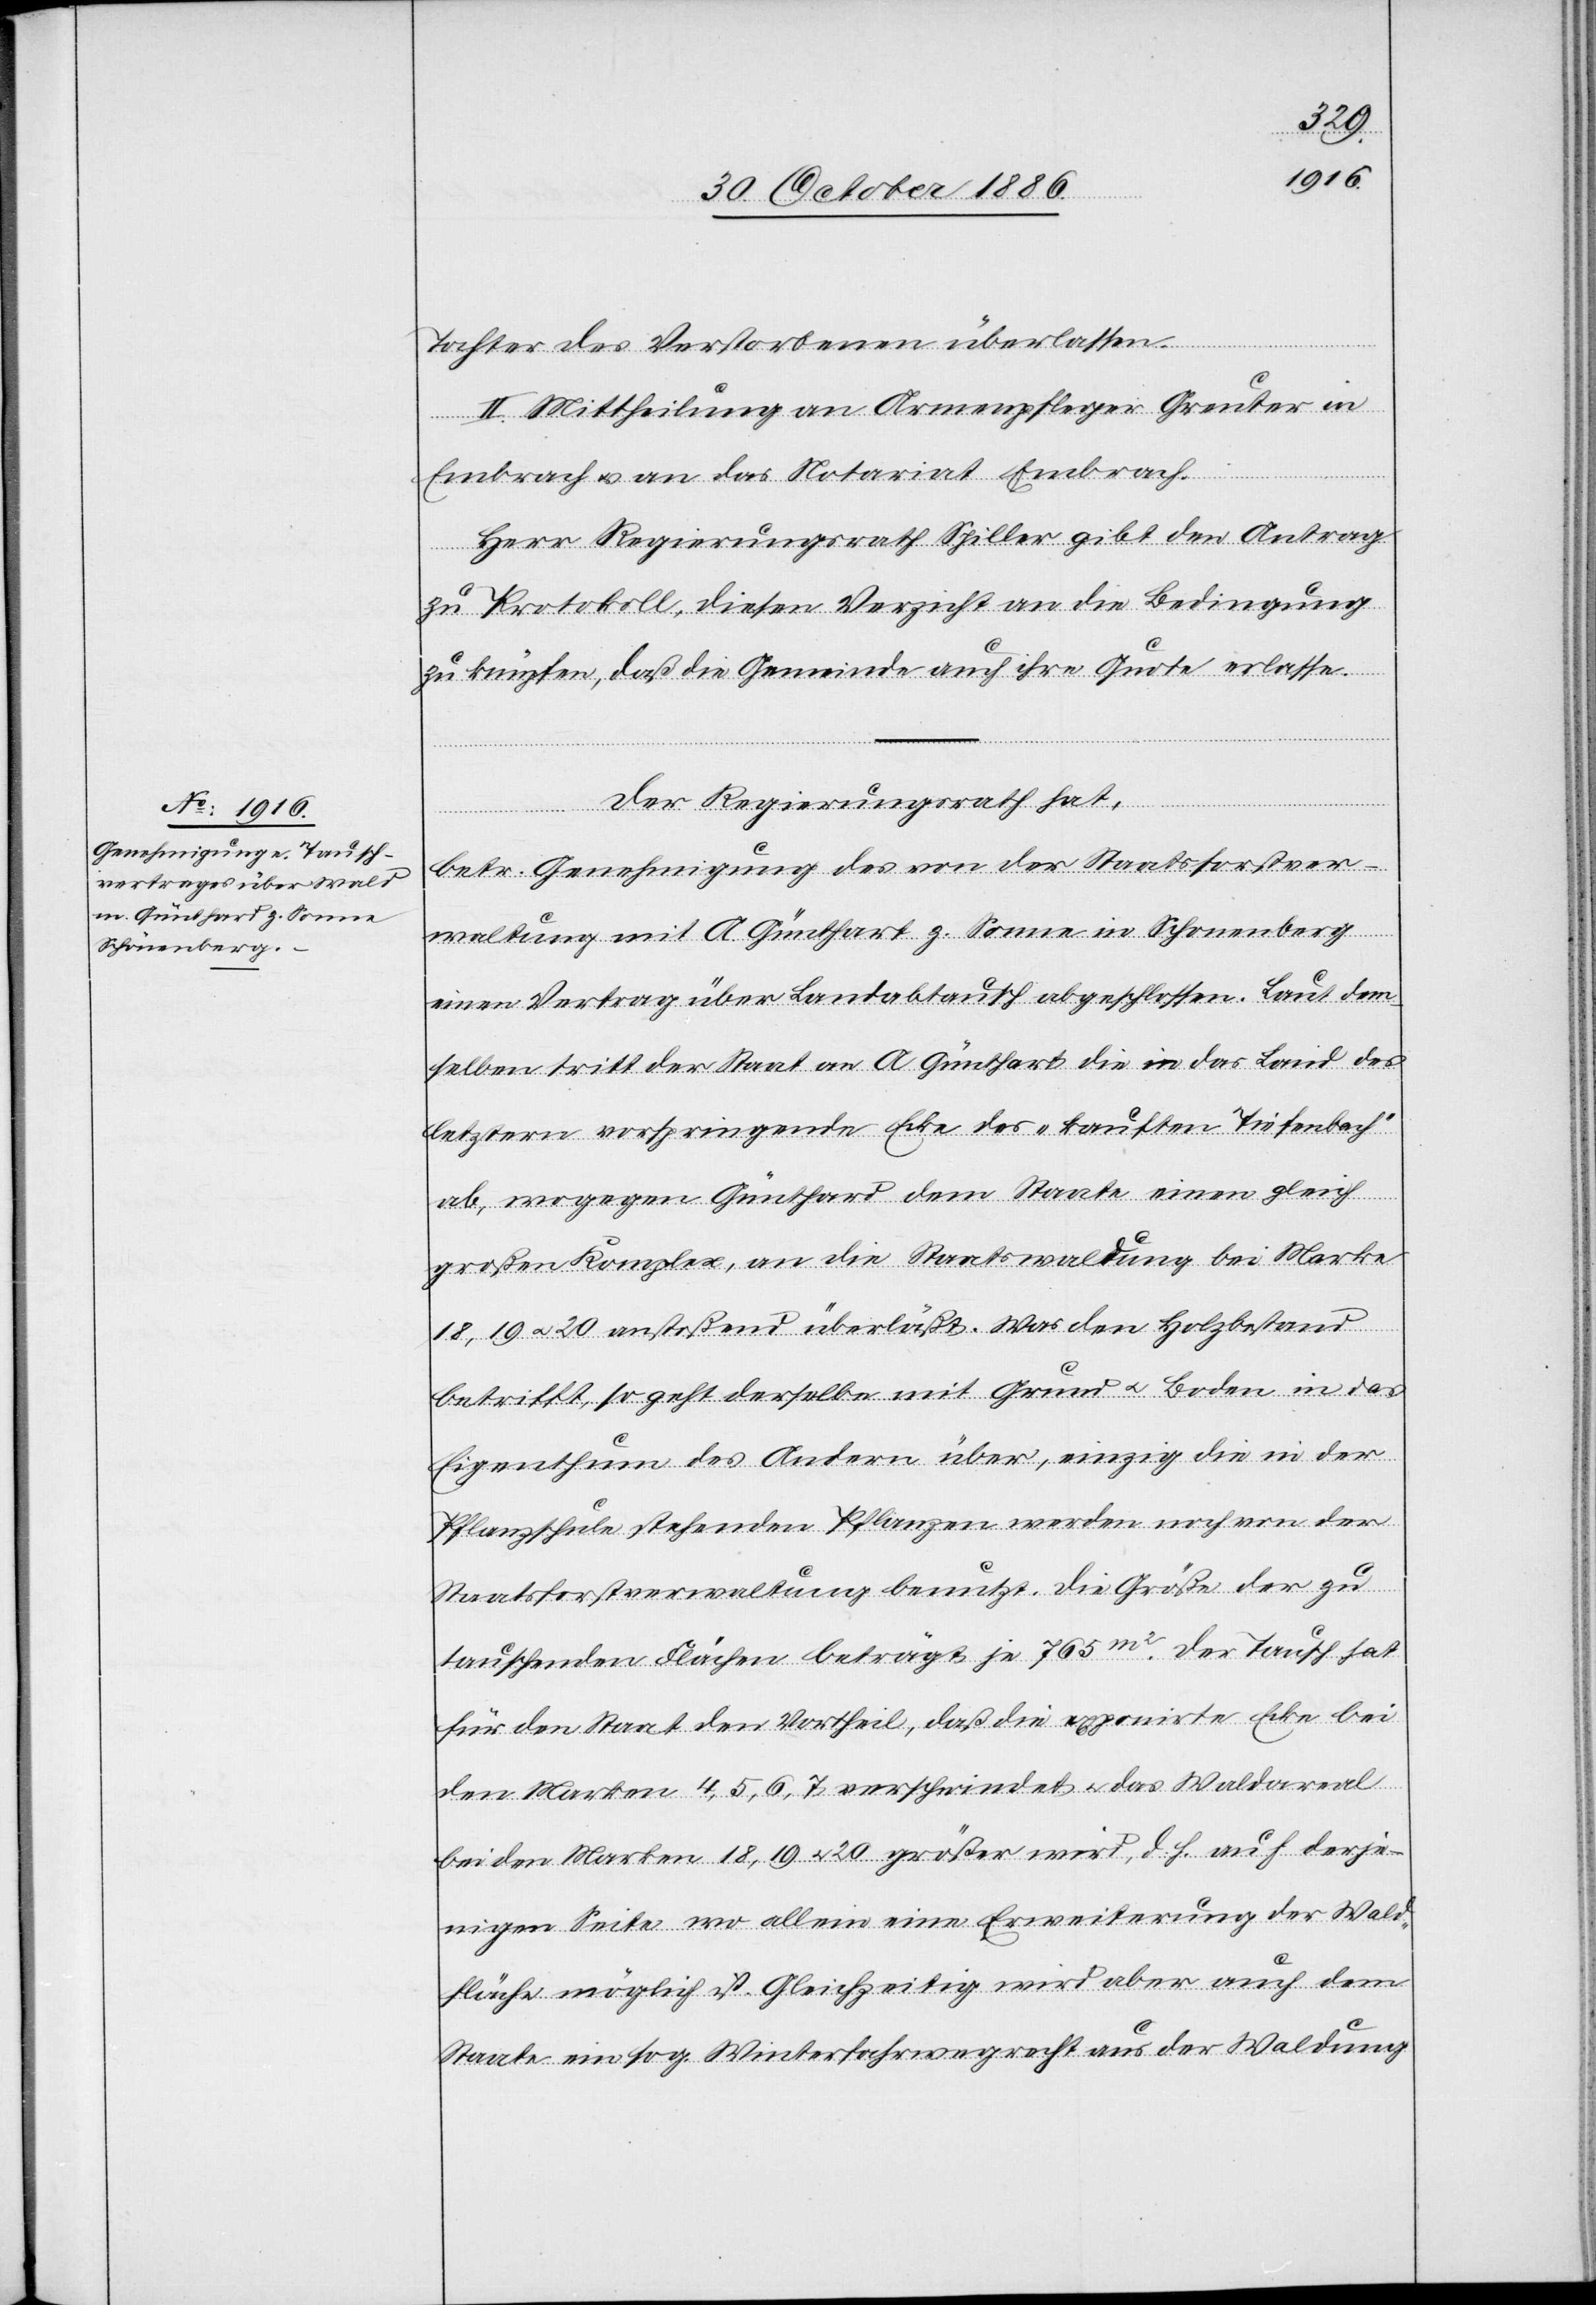
Tochter des Verstorbenen überlassen.
II. Mittheilung an Armenpfleger Greuter in
Embrach & an das Notariat Embrach.
Herr Regierungsrath Spiller gibt den Antrag
zu Protokoll, diesen Verzicht an die Bedingung
zu knüpfen, daß die Gemeinde auch ihre Quote erlasse.
Der Regierungsrath hat,
betr. Genehmigung des von der Staatsforstver¬
waltung mit A. Günthart [sic!] z. Sonne in Schonenberg
einen Vertrag über Landabtausch abgeschlossen. [sic!] Laut dem¬
selben tritt der Staat an A. Günthart die in das Land des
letztern vorspringende Ecke des „kauften Tiefenbach“
ab, wogegen Günthard dem Staate einen gleich
großen Komplex, an die Staatswaldung bei Marke
18, 19 & 20 anstoßend überläßt. Was den Holzbestand
betrifft, so geht derselbe mit Grund & Boden in das
Eigenthum des Andern über, einzig die in der
Pflanzschule stehenden Pflanzen werden noch von der
Staatsforstverwaltung benutzt. Die Größe der zu
tauschenden Flächen beträgt je 765m2. Der Tausch hat
für den Staat den Vortheil, daß die exponirte Ecke bei
den Marken 4, 5, 6, 7 verschwindet & das Waldareal
bei den Marken 18, 19 & 20 größer wird, d. h. auf derje¬
nigen Seite wo allein eine Erweiterung der Wald¬
fläche möglich ist. Gleichzeitig wird aber auch dem
Staate ein sog. Winterfahrwegrecht aus der Waldung